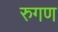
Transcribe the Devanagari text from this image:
रुगण